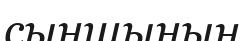
сыншының